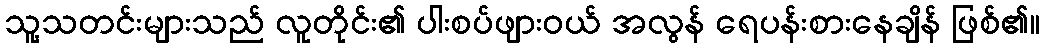
သူ့သတင်းများသည် လူတိုင်း၏ ပါးစပ်ဖျားဝယ် အလွန် ရေပန်းစားနေချိန် ဖြစ်၏။